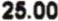
25.00